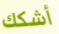
أشكك